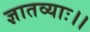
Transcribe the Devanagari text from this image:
ज्ञातव्याः।।